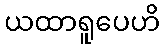
ယထာရူပေဟိ